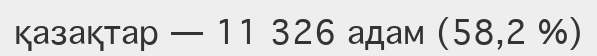
қазақтар — 11 326 адам (58,2 %)